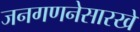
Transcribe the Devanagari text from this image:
जनगणनेसारखे